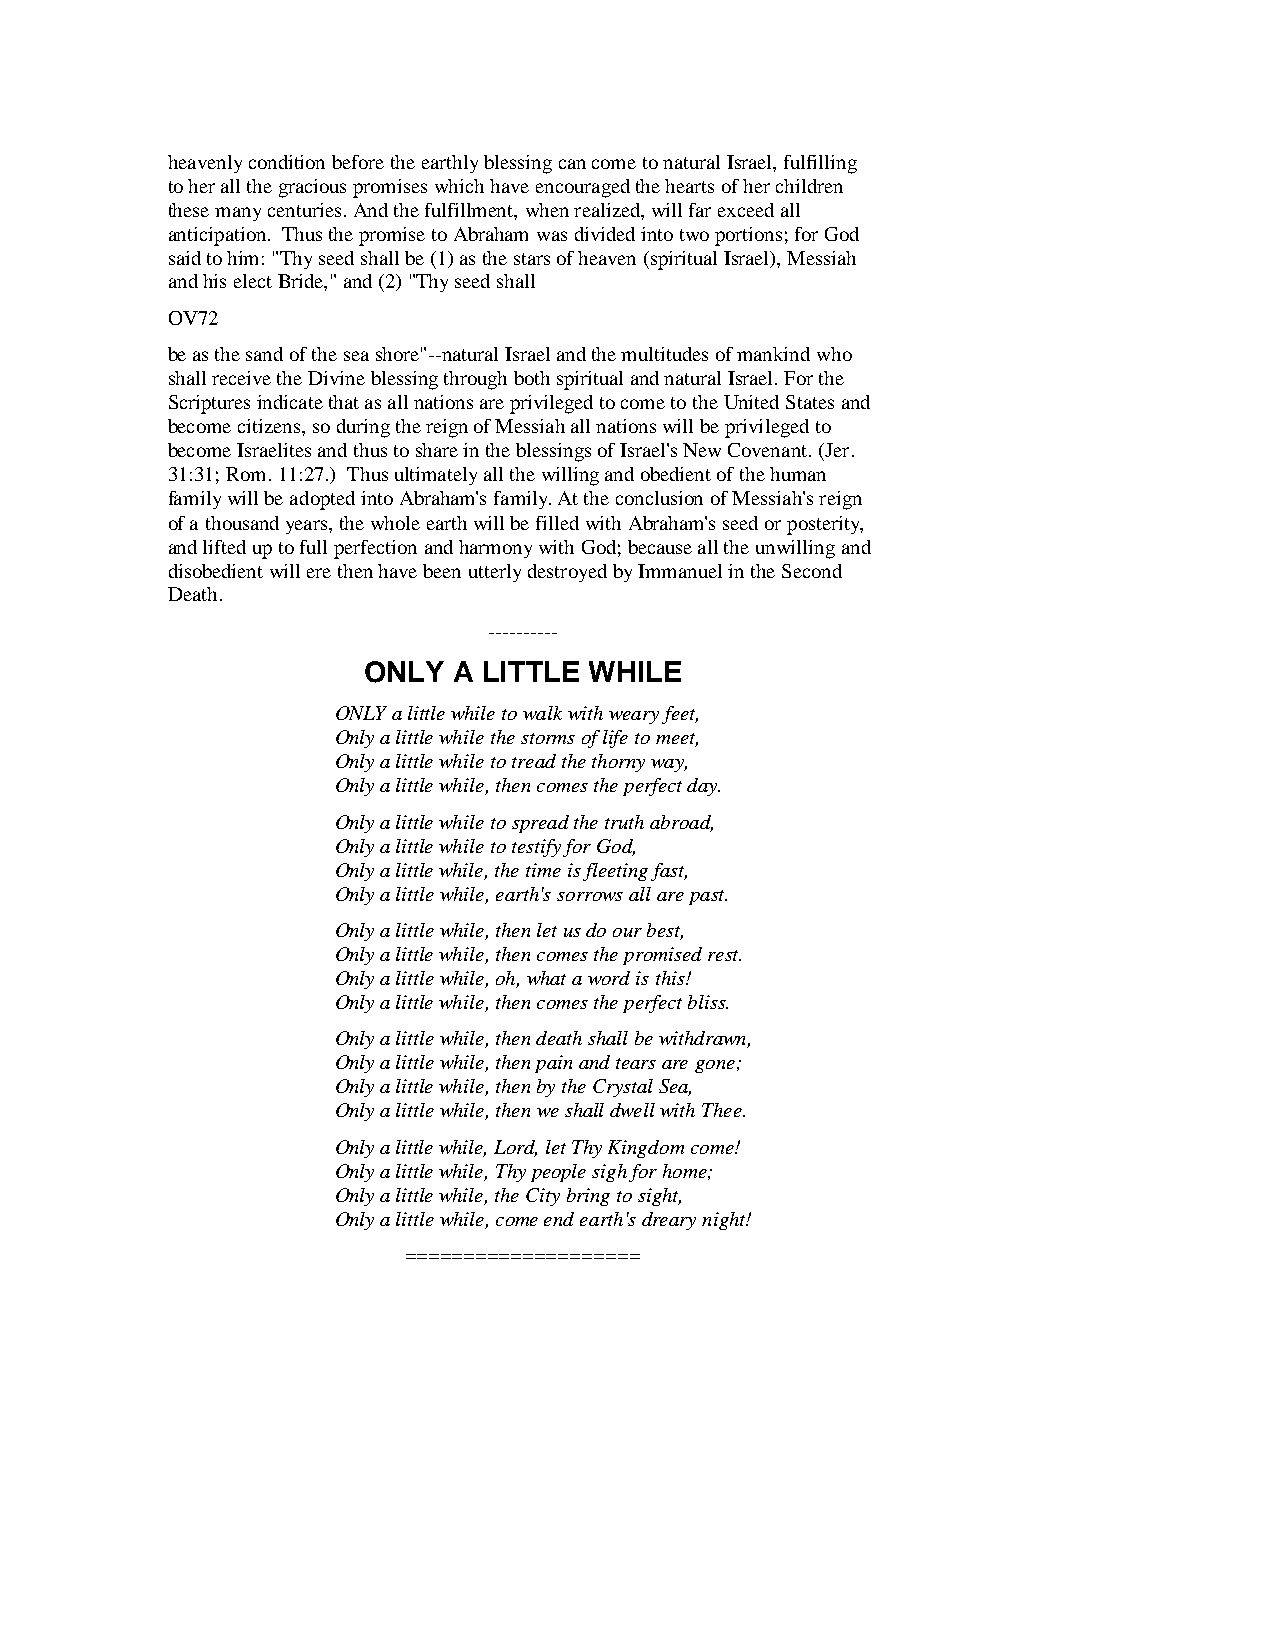
heavenly condition before the earthly blessing can come to natural Israel, fulfilling
 to her all the gracious promises which have encouraged the hearts of her children
 these many centuries. And the fulfillment, when realized, will far exceed all
 anticipation. Thus the promise to Abraham was divided into two portions; for God
 said to him: "Thy seed shall be (1) as the stars of heaven (spiritual Israel), Messiah
 and his elect Bride," and (2) "Thy seed shall
 OV72
 be as the sand of the sea shore"--natural Israel and the multitudes of mankind who
 shall receive the Divine blessing through both spiritual and natural Israel. For the
 Scriptures indicate that as all nations are privileged to come to the United States and
 become citizens, so during the reign of Messiah all nations will be privileged to
 become Israelites and thus to share in the blessings of Israel's New Covenant. (Jer.
 31:31; Rom. 11:27.) Thus ultimately all the willing and obedient of the human
 family will be adopted into Abraham's family. At the conclusion of Messiah's reign
 of a thousand years, the whole earth will be filled with Abraham's seed or posterity,
 and lifted up to full perfection and harmony with God; because all the unwilling and
 disobedient will ere then have been utterly destroyed by Immanuel in the Second
 Death.
 ----------
 ONLY  A LITTLE WHILE
 ONLY a little while to walk with weary feet,
 Only a little while the storms of life to meet,
 Only a little while to tread the thorny way,
 Only a little while, then comes the perfect day.
 Only a little while to spread the truth abroad,
 Only a little while to testify for God,
 Only a little while, the time is fleeting fast,
 Only a little while, earth's sorrows all are past.
 Only a little while, then let us do our best,
 Only a little while, then comes the promised rest.
 Only a little while, oh, what a word is this!
 Only a little while, then comes the perfect bliss.
 Only a little while, then death shall be withdrawn,
 Only a little while, then pain and tears are gone;
 Only a little while, then by the Crystal Sea,
 Only a little while, then we shall dwell with Thee.
 Only a little while, Lord, let Thy Kingdom come!
 Only a little while, Thy people sigh for home;
 Only a little while, the City bring to sight,
 Only a little while, come end earth's dreary night!
 ====================